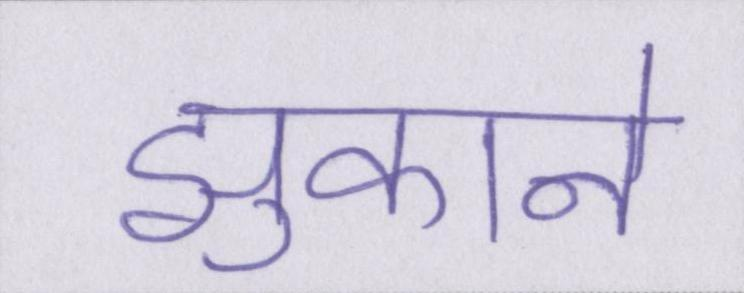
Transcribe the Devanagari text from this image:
झुकाने